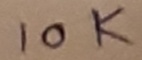
Text: 10K